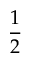
\frac { 1 } { 2 }